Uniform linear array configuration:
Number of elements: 48
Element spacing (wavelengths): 0.25
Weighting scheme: binomial
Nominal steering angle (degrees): -30
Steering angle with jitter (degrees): -30.084
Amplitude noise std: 0.05
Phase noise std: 0.05

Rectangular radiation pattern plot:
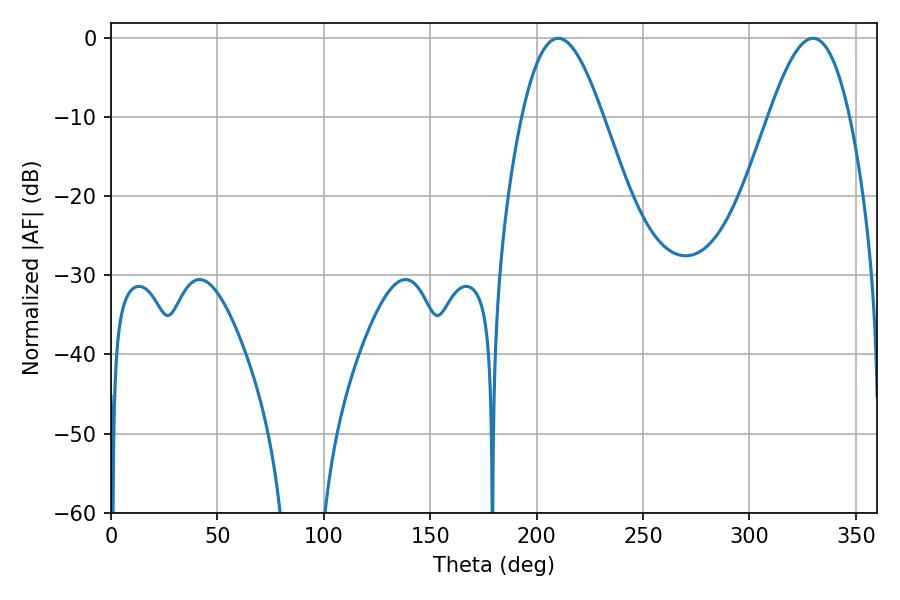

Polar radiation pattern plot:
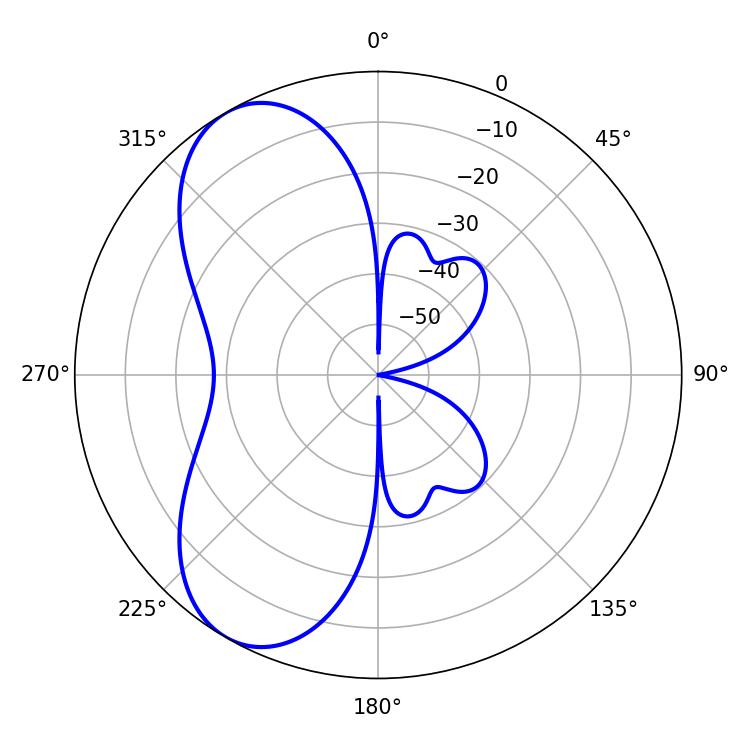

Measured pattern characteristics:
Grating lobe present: FALSE
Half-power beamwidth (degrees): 20.52
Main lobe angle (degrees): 210.06